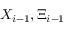
X _ { i - 1 } , \Xi _ { i - 1 }